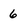
Character: 6